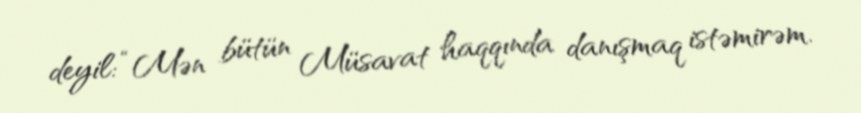
deyil: “Mən bütün Müsavat haqqında danışmaq istəmirəm.